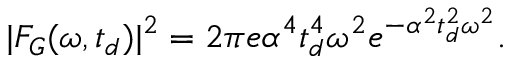
| F _ { G } ( \omega , t _ { d } ) | ^ { 2 } = 2 \pi e \alpha ^ { 4 } t _ { d } ^ { 4 } \omega ^ { 2 } e ^ { - \alpha ^ { 2 } t _ { d } ^ { 2 } \omega ^ { 2 } } .